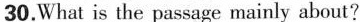
30.What is the passage mainly about?